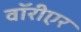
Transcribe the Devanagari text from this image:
वॉरीएर